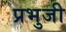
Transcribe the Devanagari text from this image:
प्रभुजी